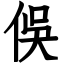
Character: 俁